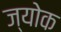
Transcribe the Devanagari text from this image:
ज्योक